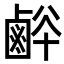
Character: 𪉢